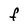
Character: F